Lunatic asylums in Bengal annual reports 1888-1898 - 1888-1898
Year: 1888
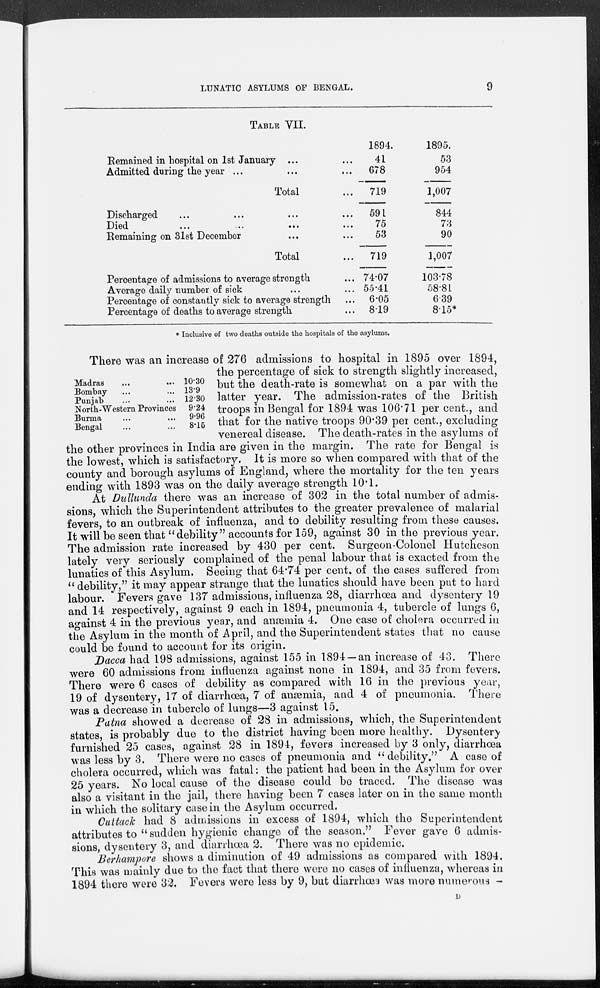
LUNATIC ASYLUMS OF BENGAL.
9
TABLE VII.
Remained in hospital on 1st January ... ...
Admitted during the year ... ...
Total ...
Discharged ... ... ... ...
Died ... ... ... ...
Remaining on 31st December ... ...
Total ...
Percentage of admissions to average strength ...
Average daily number of sick ... ...
Percentage of constantly sick to average strength ...
Percentage of deaths to average strength. ...
1894.
41
678
719
591
75
53
719
74.07
55.41
6.05
8.19
1895.
53
954
1,007
844
73
90
1,007
103.78
58.81
6.39
8.15*
* Inclusive of two deaths outside the hospitals of the asylums.
Madras ... ...
Bombay ... ...
Punjab ... ...
North-Western Provinces
Burma ... ...
Bengal ... ...
10.30
13.9
12.30
9.24
9.96
8.15
There was an increase of 276 admissions to hospital in 1895 over 1894,
the percentage of sick to strength slightly increased,
but the death-rate is somewhat on a par with the
latter year. The admission-rates of the British
troops in Bengal for 1894 was 106.71 per cent., and
that for the native troops 90.39 per cent., excluding
venereal disease. The death-rates in the asylums of
the other provinces in India are given in the margin. The rate for Bengal is
the lowest, which is satisfactory. It is more so when compared with that of the
county and borough asylums of England, where the mortality for the ten years
ending with 1893 was on the daily average strength 10.1.
At Dullunda there was an increase of 302 in the total number of admis-
sions, which the Superintendent attributes to the greater prevalence of malarial
fevers, to an outbreak of influenza, and to debility resulting from these causes.
It will be seen that "debility" accounts for 159, against 30 in the previous year.
The admission rate increased by 430 per cent. Surgeon-Colonel Hutcheson
lately very seriously complained of the penal labour that is exacted from the
lunatics of this Asylum. Seeing that 64.74 per cent. of the cases suffered from
" debility," it may appear strange that the lunatics should have been put to hard
labour. Fevers gave 137 admissions, influenza 28, diarrhœa and dysentery 19
and 14 respectively, against 9 each in 1894, pneumonia 4, tubercle of lungs 6,
against 4 in the previous year, and anæmia 4. One case of cholera occurred in
the Asylum in the month of April, and the Superintendent states that no cause
could be found to account for its origin.
Dacca had 198 admissions, against 155 in 1894 —an increase of 43. There
were 60 admissions from influenza against none in 1894, and 35 from fevers.
There were 6 cases of debility as compared with 16 in the previous year,
19 of dysentery, 17 of diarrhœa, 7 of anæmia, and 4 of pneumonia. There
was a decrease in tubercle of lungs—3 against 15.
Patna showed a decrease of 28 in admissions, which, the Superintendent
states, is probably due to the district having been more healthy. Dysentery
furnished 25 cases, against 28 in 1894, fevers increased by 3 only, diarrhœa
was less by 3. There were no cases of pneumonia and " debility." A case of
cholera occurred, which was fatal: the patient had been in the Asylum for over
25 years. No local cause of the disease could be traced. The disease was
also a visitant in the jail, there having been 7 cases later on in the same month
in which the solitary case in the Asylum occurred.
Cuttack had 8 admissions in excess of 1894, which the Superintendent
attributes to " sudden hygienic change of the season." Fever gave 6 admis-
sions, dysentery 3, and diarrhœa 2. There was no epidemic.
Berhampore shows a diminution of 49 admissions as compared with 1894.
This was mainly due to the fact that there were no cases of influenza, whereas in
1894 there were 32. Fevers were less by 9, but diarrhœa was more numerous -
D